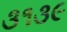
૩૧૩૯